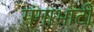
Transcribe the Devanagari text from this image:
गंगाभाटी